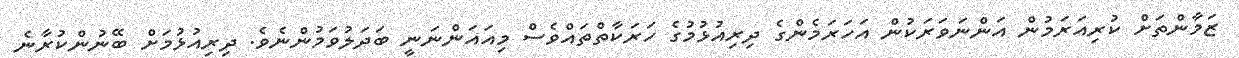
ޒަމާންތަށް ކުރިއަރަމުން އަންނަވަރަކުން އަހަރަމެންގެ ދިރިއުޅުމުގެ ހަރަކާތްތައްވެސް މިއައަންނަނީ ބަދަލުވަމުންނެވެ. ދިރިއުޅުމަށް ބޭނުންކުރާނެ